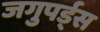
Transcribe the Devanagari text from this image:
जगुपर्ड्स